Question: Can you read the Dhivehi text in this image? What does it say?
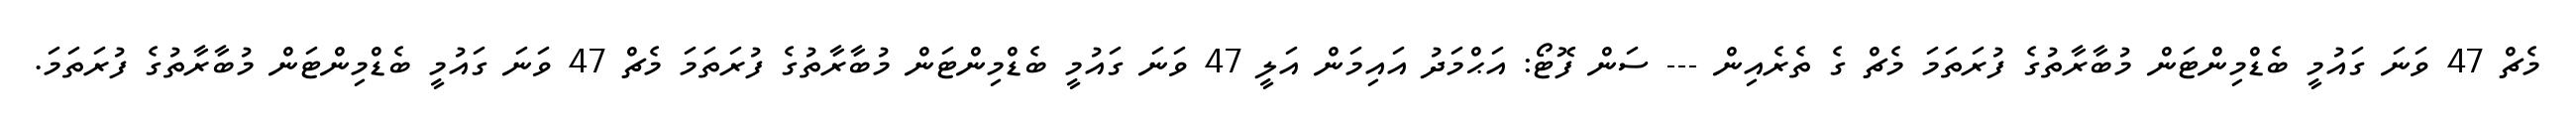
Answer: މެޗް 47 ވަނަ ގައުމީ ބެޑްމިންޓަން މުބާރާތުގެ ފުރަތަމަ މެޗް ގެ ތެރެއިން --- ސަން ފޮޓޯ: އަޙްމަދު އައިމަން އަލީ 47 ވަނަ ގައުމީ ބެޑްމިންޓަން މުބާރާތުގެ ފުރަތަމަ މެޗް 47 ވަނަ ގައުމީ ބެޑްމިންޓަން މުބާރާތުގެ ފުރަތަމަ.